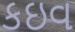
કઇવ